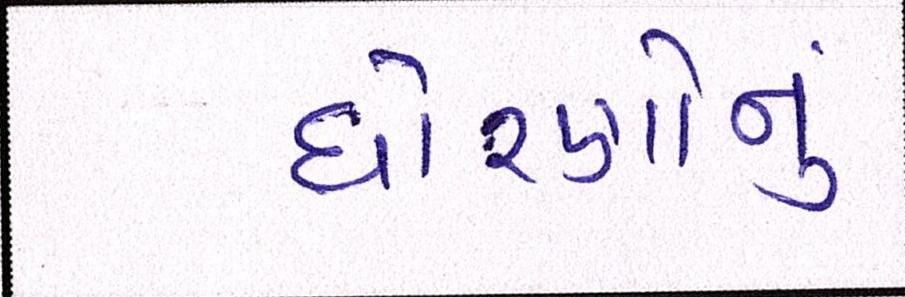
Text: ધોરણોનું